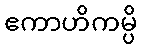
ဧကာဟိကမ္ပိ